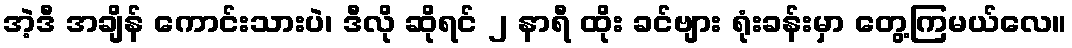
အဲ့ဒီ အချိန် ကောင်းသားပဲ၊ ဒီလို ဆိုရင် ၂ နာရီ ထိုး ခင်ဗျား ရုံးခန်းမှာ တွေ့ကြမယ်လေ။